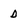
Character: D